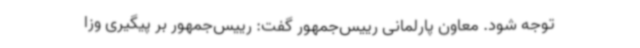
توجه شود. معاون پارلمانی رییس‌جمهور گفت: رییس‌جمهور بر پیگیری وزا